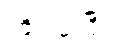
ကြိုးပမ်းပြီး